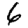
Digit: 6